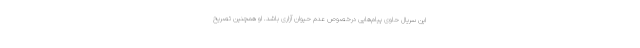
این سریال حاوی پیام‌هایی درخصوص عدم حیوان آزاری باشد. او همچنین تصریح